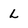
Character: L